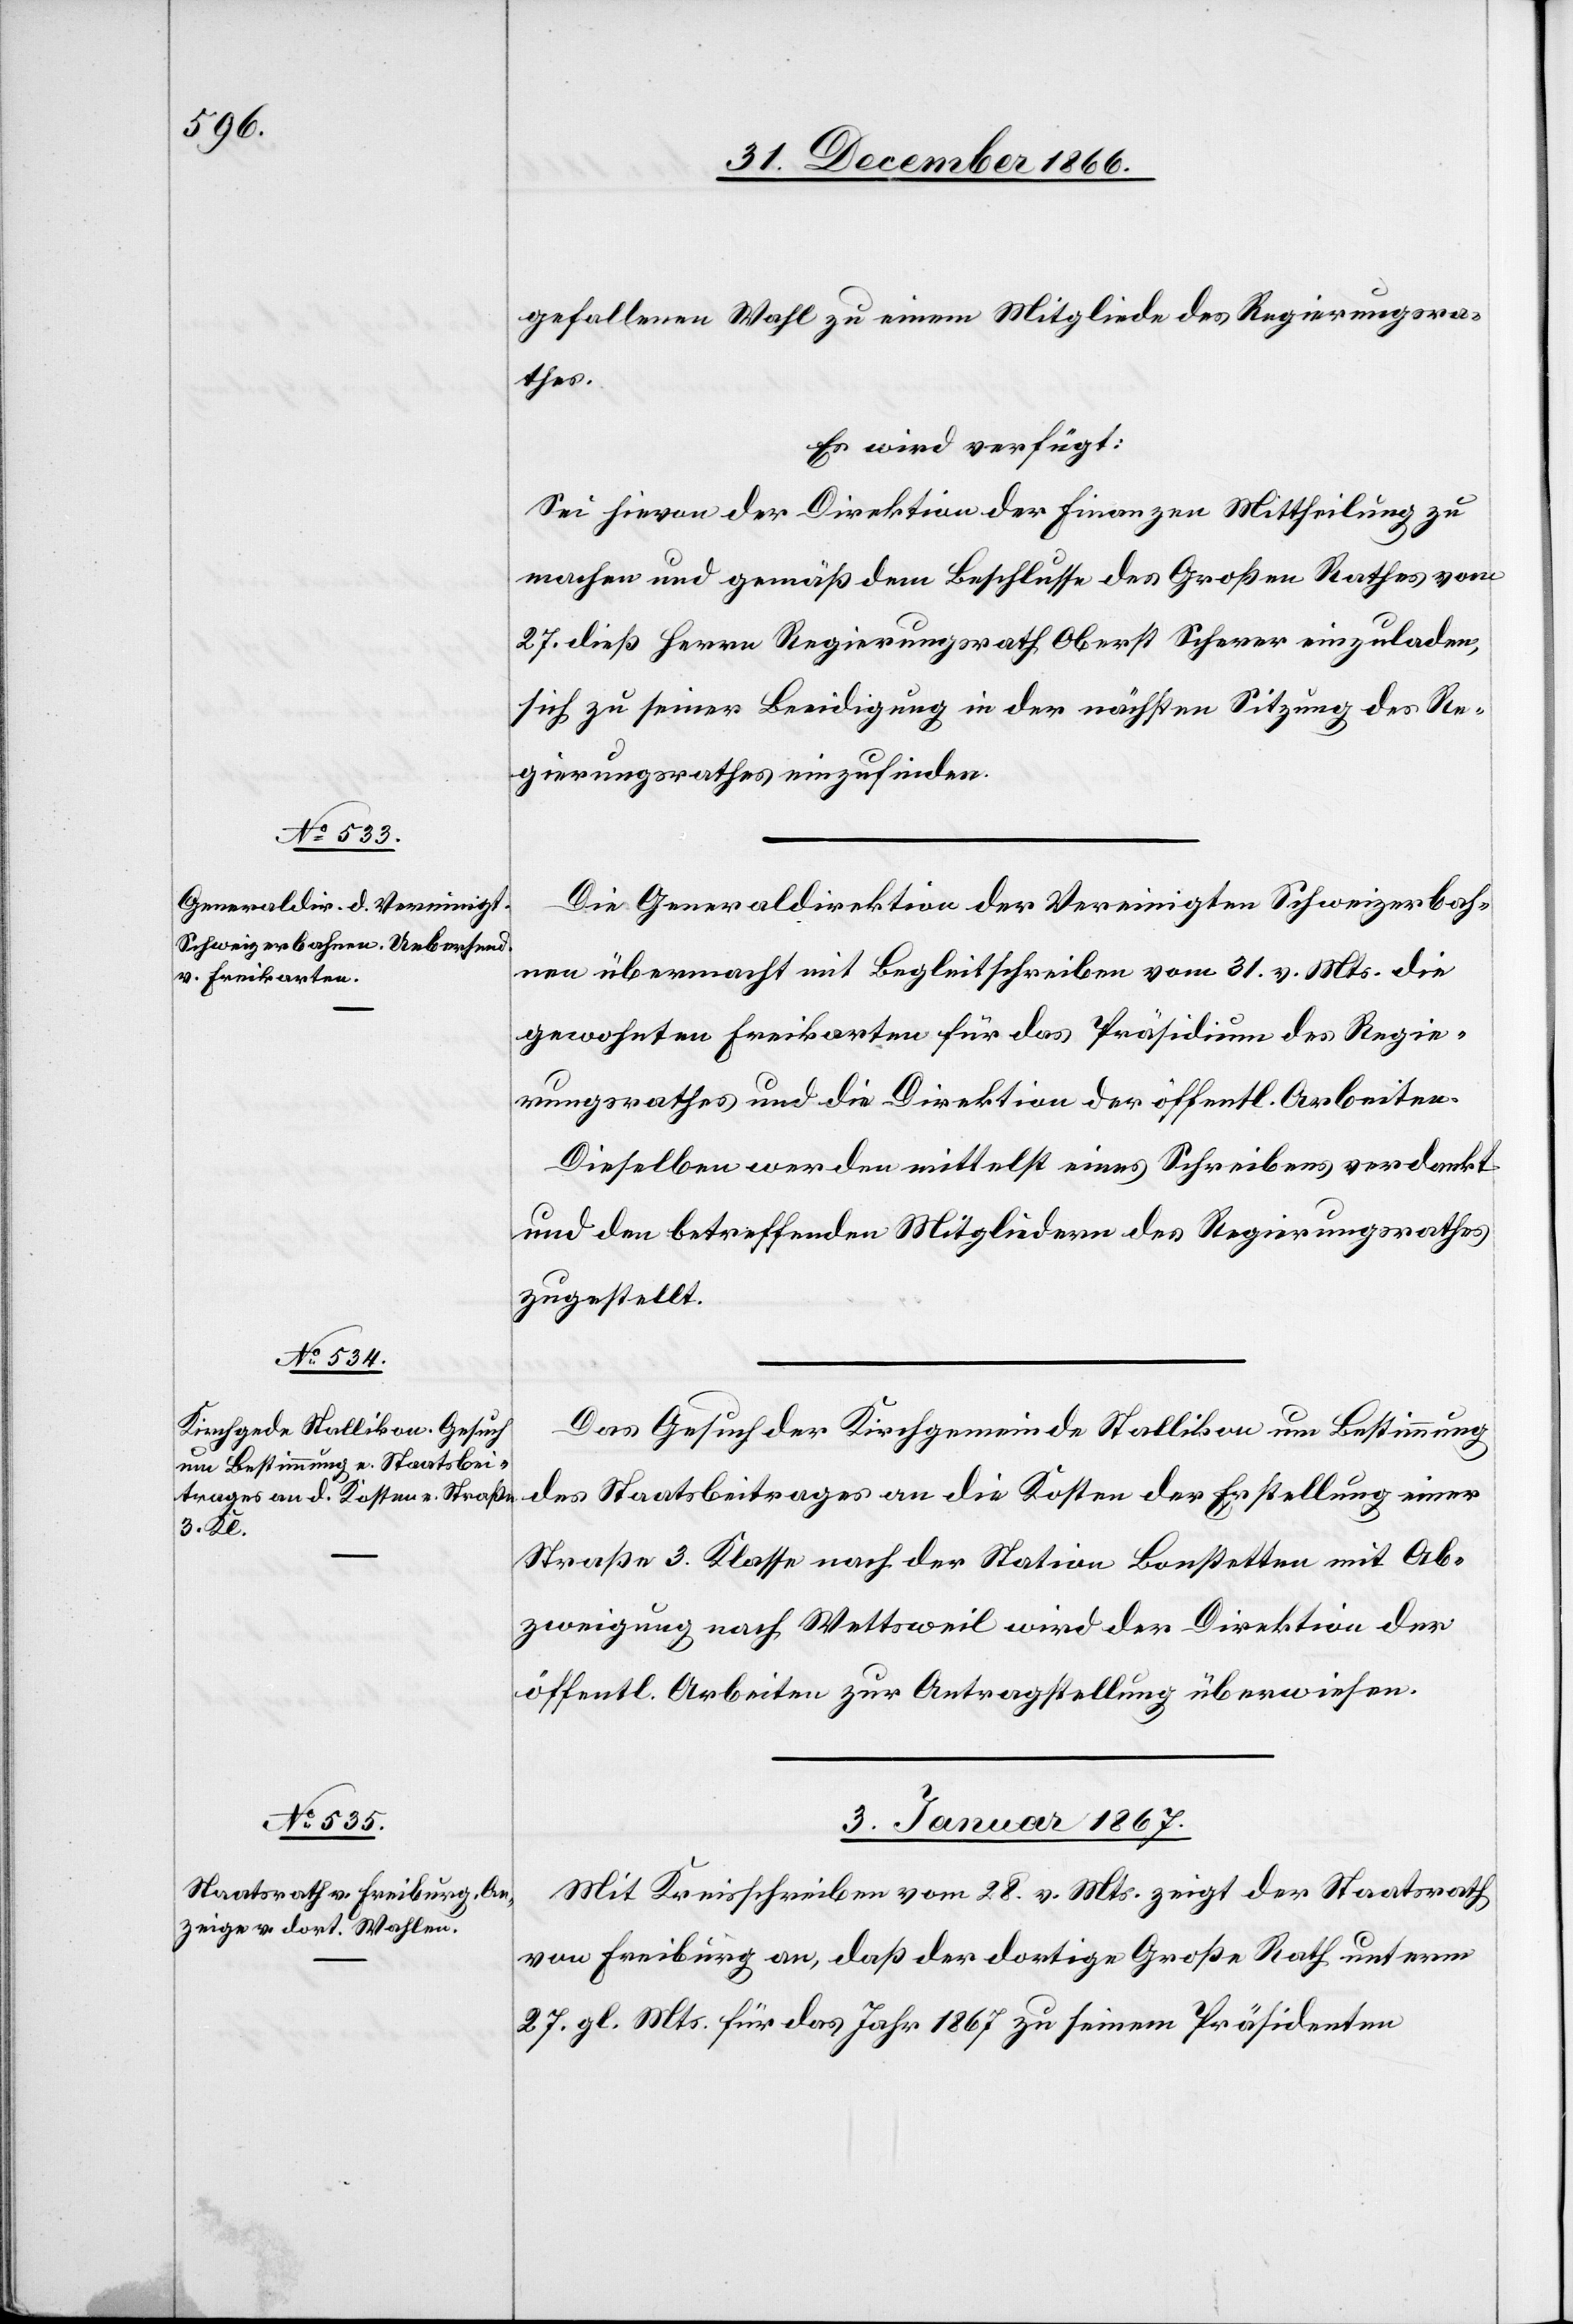
gefallenen Wahl zu einem Mitgliede des Regierungsra¬
thes.
Es wird verfügt:
Sei hievon der Direktion der Finanzen Mittheilung zu
machen und gemäß dem Beschlusse des Großen Rathes vom
sich zu seiner Beeidigung in der nächsten Sitzung des Re¬
gierungsrathes einzufinden.
Die Generaldirektion der Vereinigten Schweizerbah¬
nen übermacht mit Begleitschreiben vom 31. v. Mts. die
gewohnten Freikarten für das Präsidium des Regie¬
rungsrathes und die Direktion der öffentl. Arbeiten.
Dieselben werden mittelst eines Schreibens verdankt
und den betreffenden Mitgliedern des Regierungsrathes
zugestellt.
Das Gesuch der Kirchgemeinde Stallikon um Bestimmung
des Staatsbeitrages an die Kosten der Erstellung einer
Straße 3. Klasse nach der Station Bonstetten mit Ab¬
zweigung nach Wettsweil wird der Direktion der
öffentl. Arbeiten zur Antragstellung überwiesen.
2. Januar 1867.
Mit Kreisschreiben vom 28. v. Mts. zeigt der Staatsrath
von Freiburg an, daß der dortige Große Rath unterm
27. gl. Mts. für das Jahr 1867 zu seinem Präsidenten